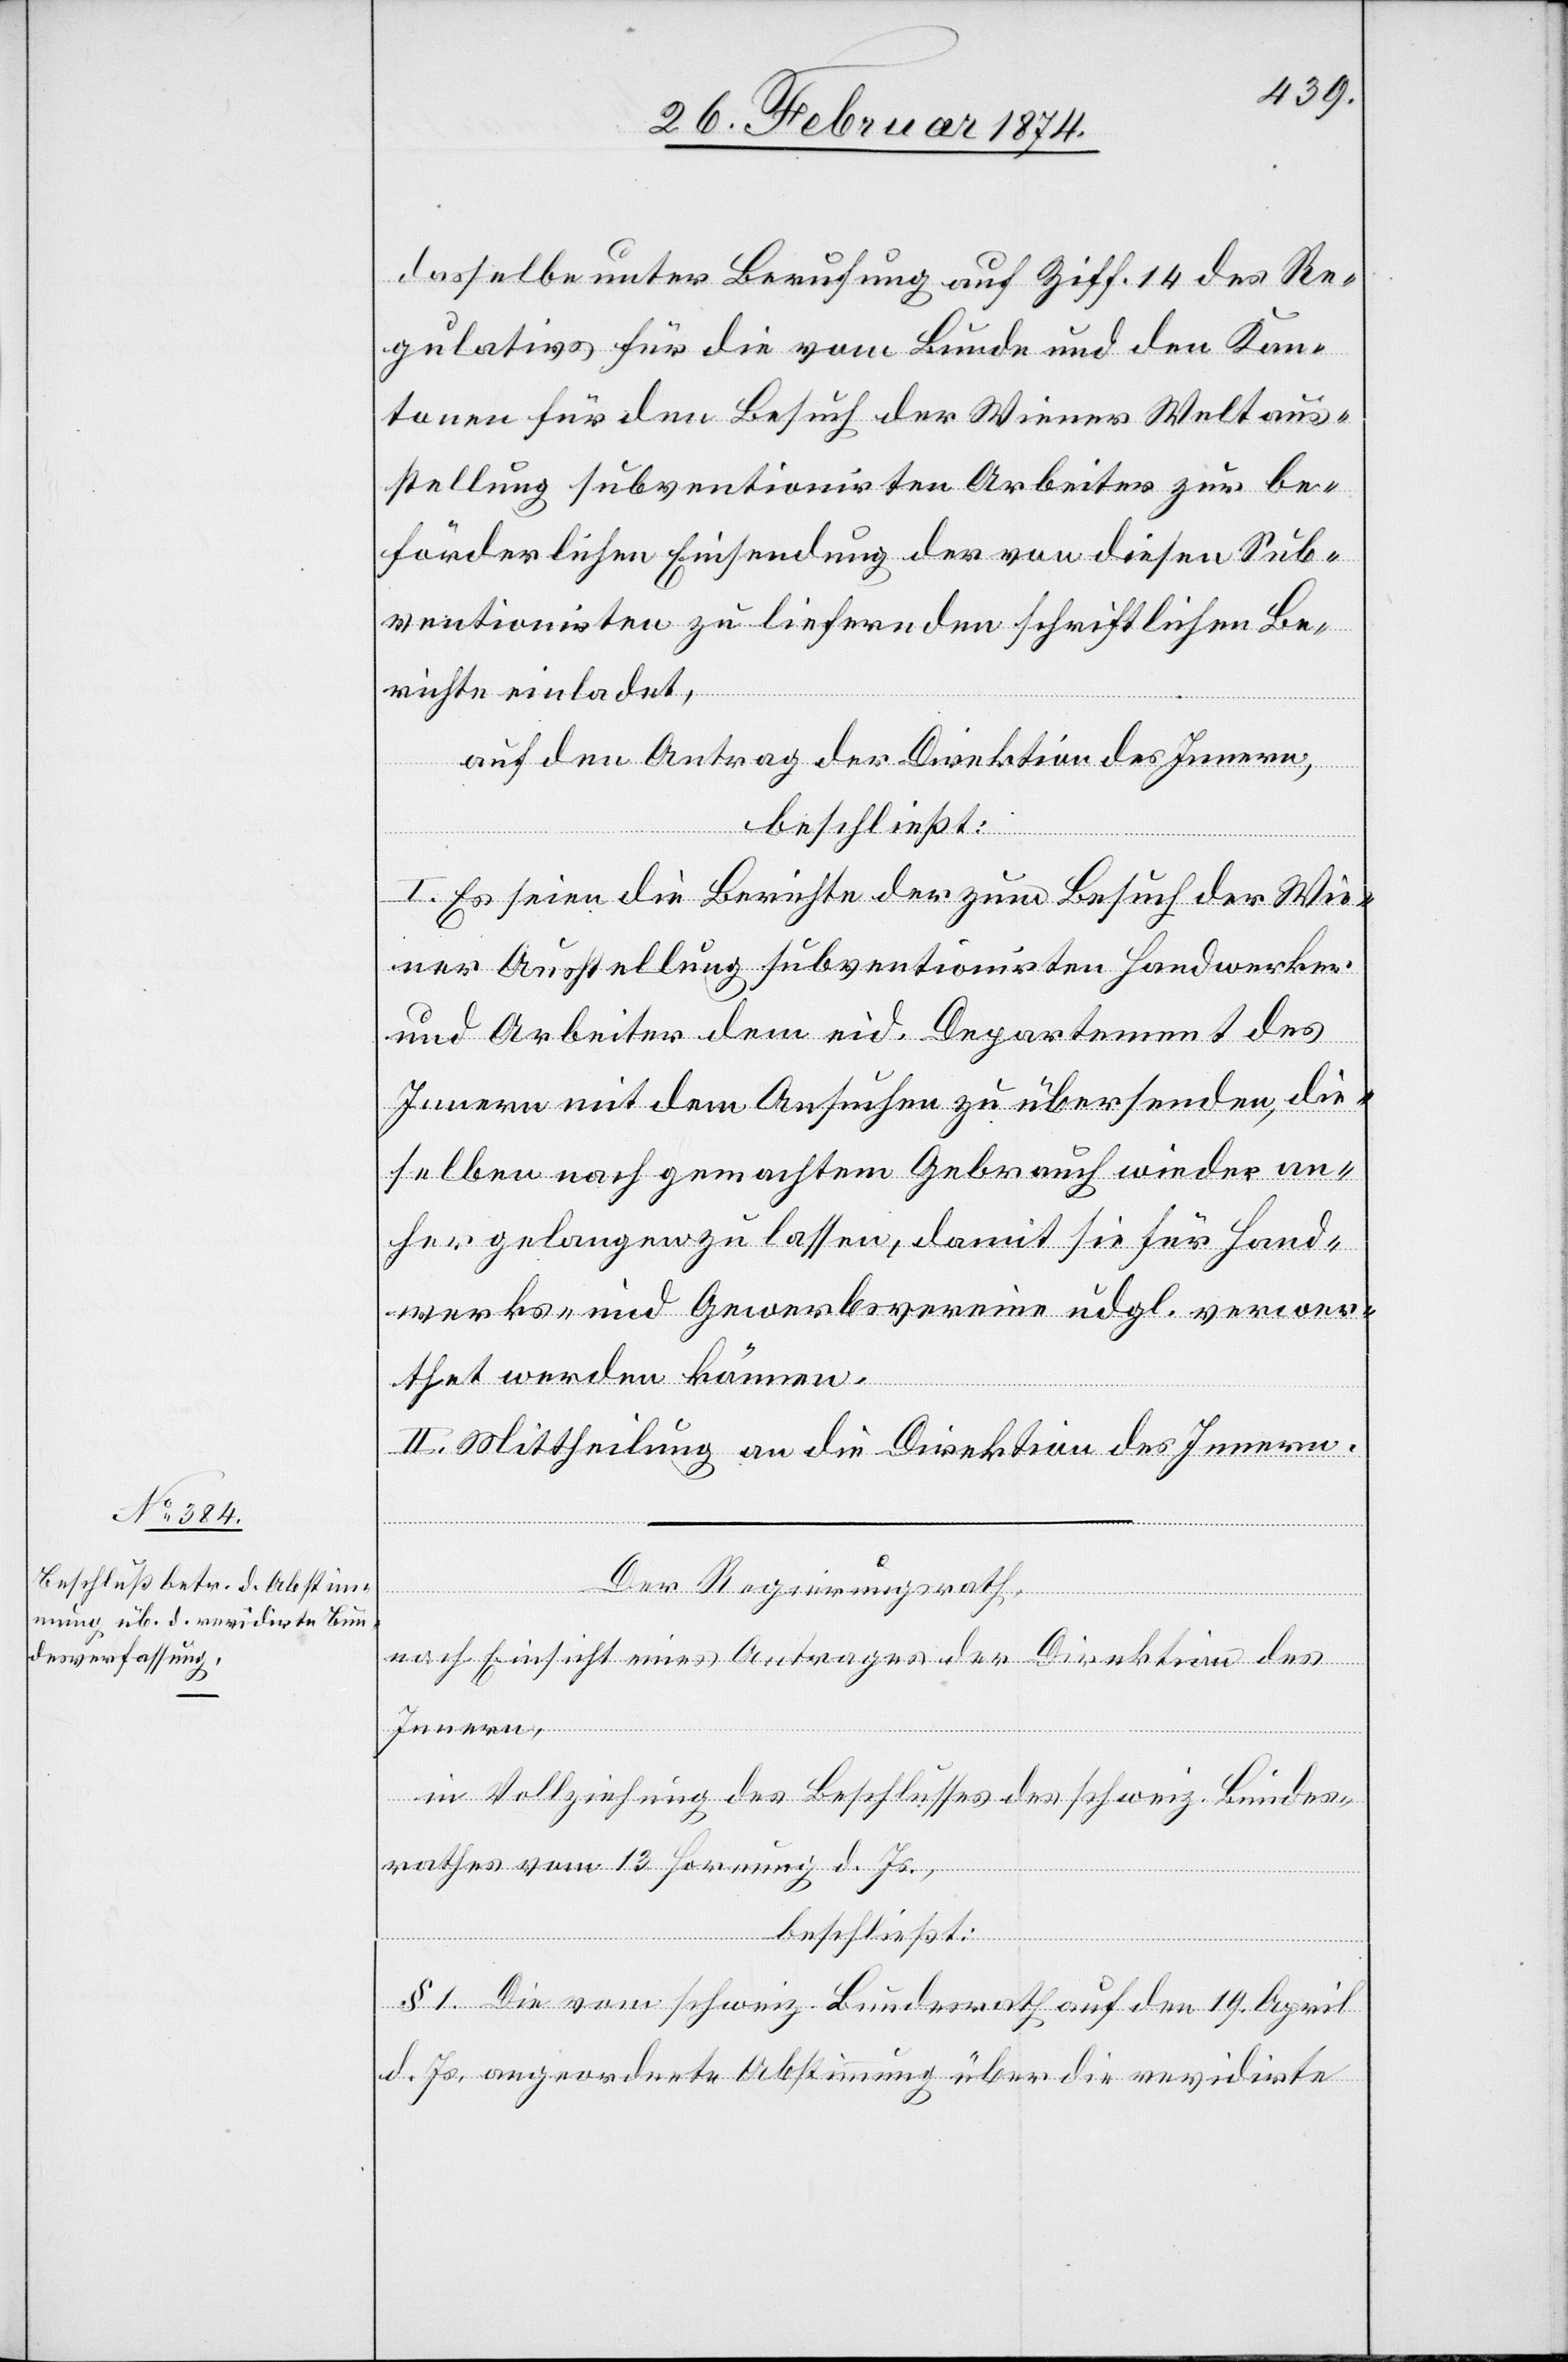
dasselbe unter Berufung auf Ziff. 14 des Re¬
gulativs für die vom Bunde und den Kan¬
tonen für den Besuch der Wiener Weltaus¬
stellung subventionirten Arbeiter zur be¬
förderlichen Einsendung der von diesen Sub¬
ventionisten zu liefernden schriftlichen Be¬
richte einladet,
auf den Antrag der Direktion des Innern,
beschließt:
I. Es seien die Berichte der zum Besuch der Wie¬
ner Ausstellung subventionirten Handwerker
und Arbeiter dem eid. Departement des
Innern mit dem Ansuchen zu übersenden, die¬
selben nach gemachtem Gebrauch wieder an¬
her gelangen zu lassen, damit sie für Hand¬
werks- und Gewerbsvereine udgl. verwer¬
thet werden können.
II. Mittheilung an die Direktion des Innern.
Der Regierungsrath,
nach Einsicht eines Antrages der Direktion des
Innern,
in Vollziehung des Beschlusses des schweiz. Bundes¬
rathes vom 13. Hornung d. Js.,
beschließt:
§ 1. Die vom schweiz. Bundesrath auf den 19. April
d. Js. angeordnete Abstimmung über die revidirte